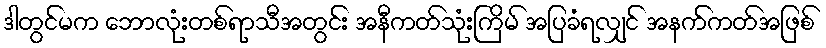
ဒါတွင်မက ဘောလုံးတစ်ရာသီအတွင်း အနီကတ်သုံးကြိမ် အပြခံရလျှင် အနက်ကတ်အဖြစ်